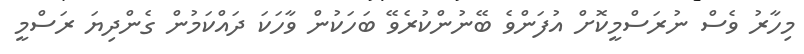
މިހާރު ވެސް ނުރަސްމީކޮށް އުފަންވެ ބޭނުންކުރެވޭ ބަހަކުން ވާހަކަ ދައްކަމުން ގެންދިޔަ ރަސްމީ